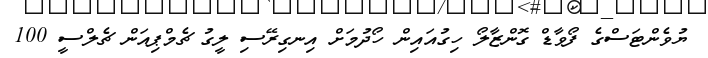
ޔުވެންޓަސްގެ ފޯވާޑް ގޮންޒާލޯ ހިގުއައިން ހޯދުމަށް އިނގިރޭސި ލީގު ޗެމްޕިއަން ޗެލްސީ 100